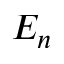
E _ { n }